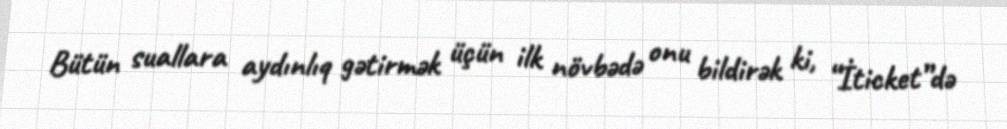
Bütün suallara aydınlıq gətirmək üçün ilk növbədə onu bildirək ki, “İticket”də